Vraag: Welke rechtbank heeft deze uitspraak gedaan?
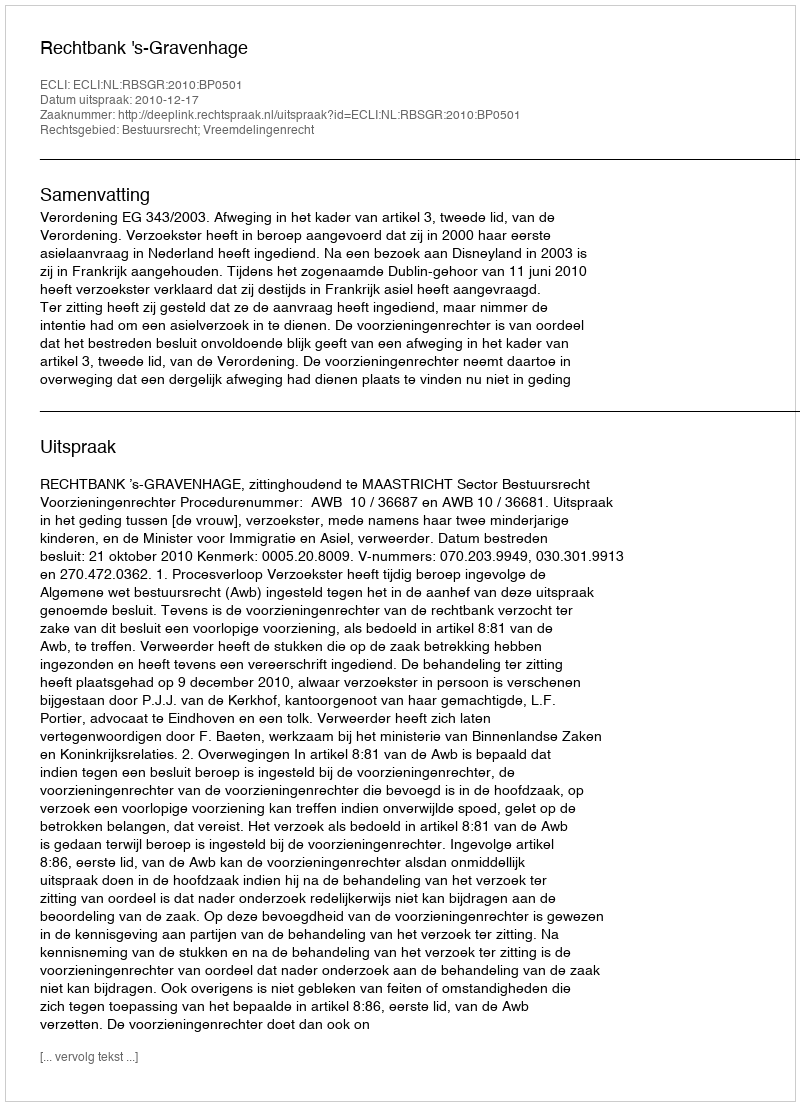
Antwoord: Rechtbank 's-Gravenhage